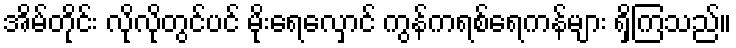
အိမ်တိုင်း လိုလိုတွင်ပင် မိုးရေလှောင် ကွန်ကရစ်ရေကန်များ ရှိကြသည်။